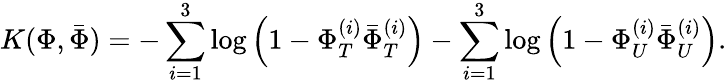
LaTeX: K(\Phi,{\bar{\Phi}})=-\sum_{i=1}^{3}\log\left(1-\Phi_{T}^{(i)}{\bar{\Phi}}_{T}^{(i)}\right)-\sum_{i=1}^{3}\log\left(1-\Phi_{U}^{(i)}{\bar{\Phi}}_{U}^{(i)}\right).